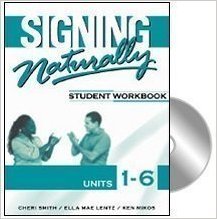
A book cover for Signing Naturally: Student Workbook, Units 1-6 (Book & DVDs); Cheri Smith; Reference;